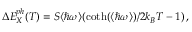
\Delta E _ { X } ^ { p h } ( T ) = S \langle \hbar \omega \rangle ( \coth ( \langle \hbar \omega \rangle ) / 2 k _ { B } T - 1 ) \, ,